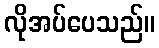
လိုအပ်ပေသည်။